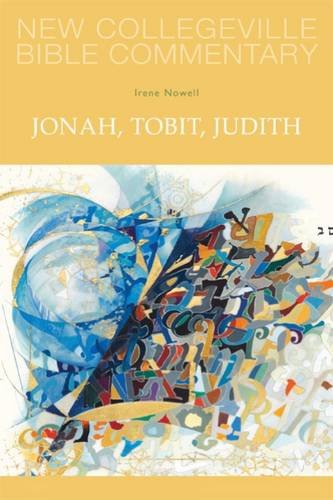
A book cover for Jonah, Tobit, Judith (NEW COLLEGEVILLE BIBLE COMMENTARY: OLD TESTAMENT); Irene Nowell OSB; Christian Books & Bibles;